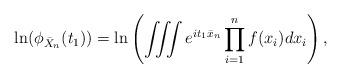
LaTeX: \begin{align*}\ln( \phi_{\bar X_n} (t_1) ) =\ln \left( \iiint e^{i t_1 \bar x_n } \prod_{i=1}^n f(x_i) dx_i \right),\end{align*}